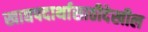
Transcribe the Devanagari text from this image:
खाद्यपदार्थासाठीदेखील